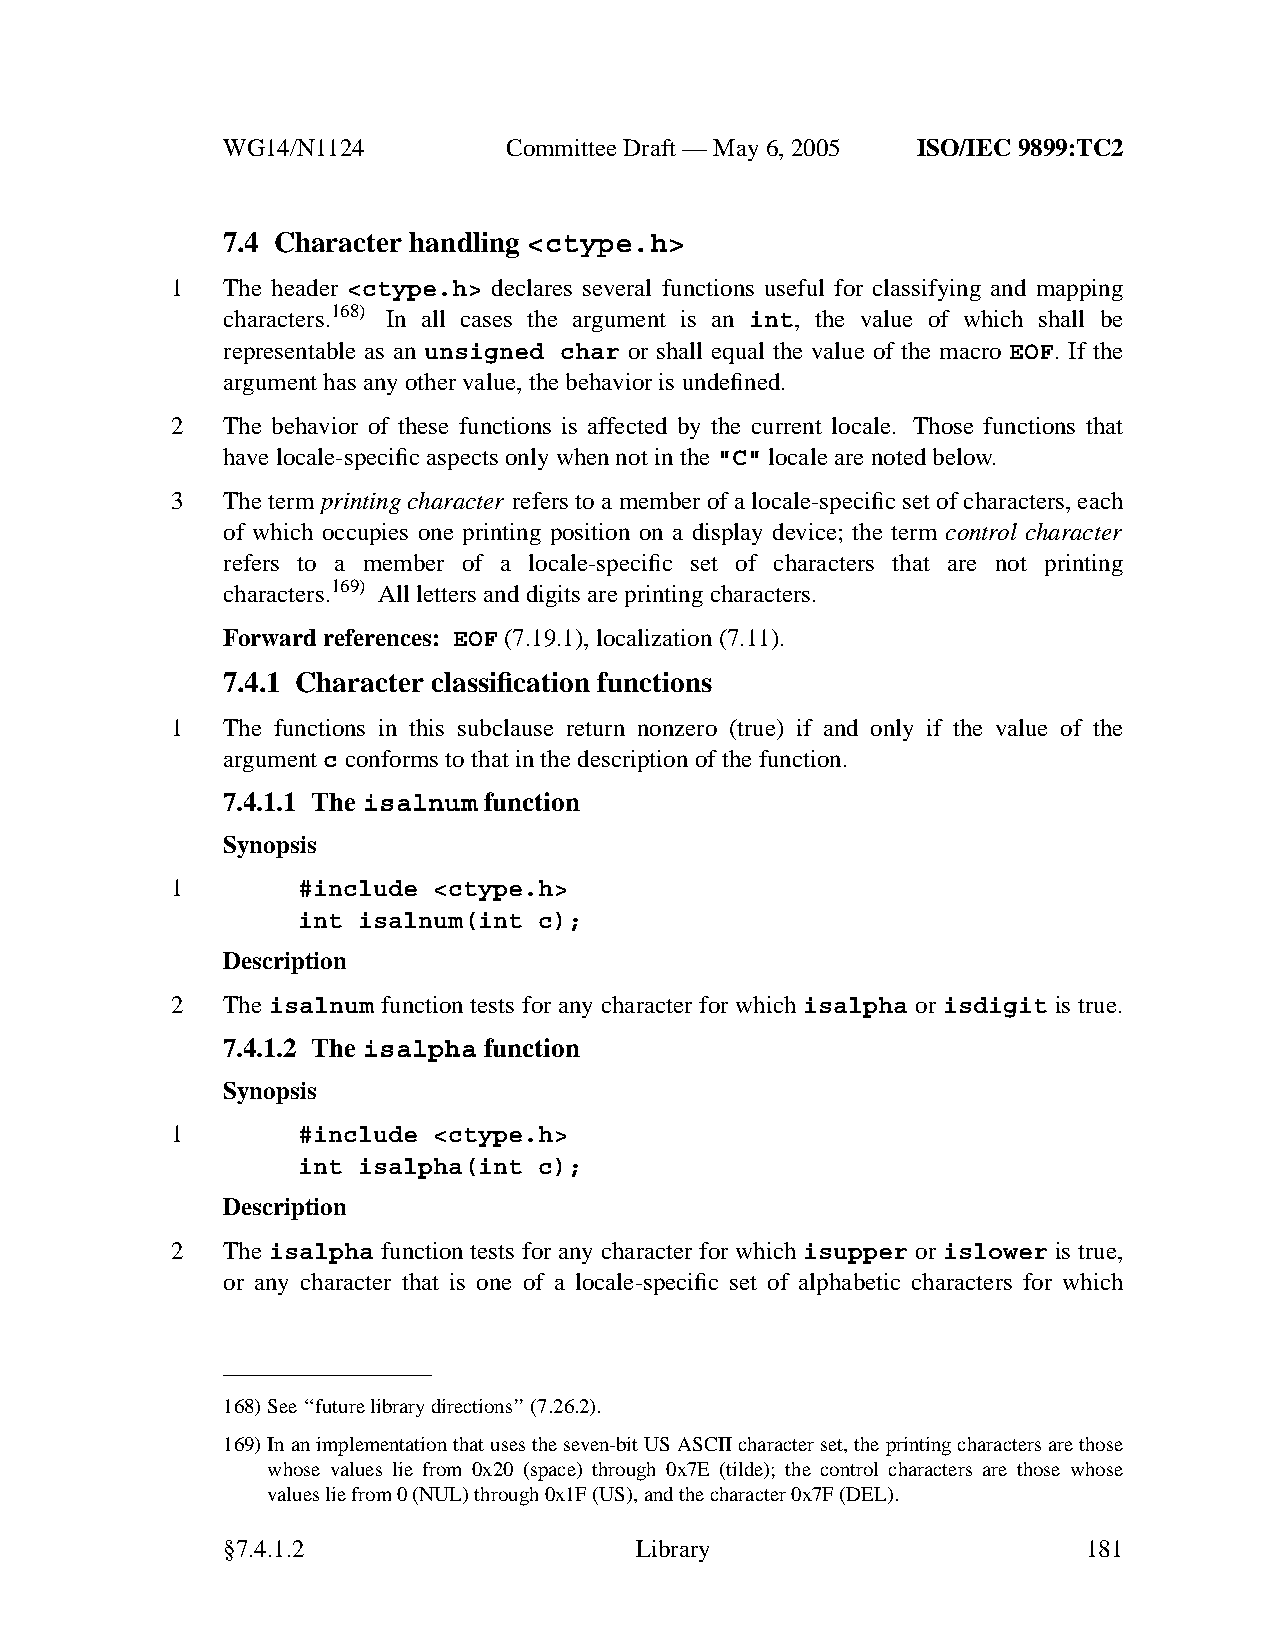
WG14/N1124        CommitteeDraft — May 6, 2005 ISO/IEC 9899:TC2
 7.4 Character handling <ctype.h>
 1   The header <ctype.h> declares several functions useful for classifying and mapping
 characters.168) In all cases the argument is an int, the value of which shall be
 representable as an unsigned char or shall equal the value of the macro EOF. If the
 argument has anyother value, the behavior is undefined.
 2   The behavior of these functions is affected by the current locale. Those functions that
 have locale-specific aspects only when not in the"C" locale are noted below.
 3   The term printing character refers to a member of a locale-specific set of characters, each
 of which occupies one printing position on a display device; the term control character
 refers to a member of a locale-specific set of characters that are not printing
 characters.169) All letters and digits are printing characters.
 Forward references: EOF (7.19.1), localization (7.11).
 7.4.1 Character classification functions
 1   The functions in this subclause return nonzero (true) if and only if the value of the
 argumentc conforms to that in the description of the function.
 7.4.1.1 The isalnum function
 Synopsis
 1        #include <ctype.h>
 int isalnum(int c);
 Description
 2   The isalnum function tests for any character for which isalpha or isdigit is true.
 7.4.1.2 The isalpha function
 Synopsis
 1        #include <ctype.h>
 int isalpha(int c);
 Description
 2   The isalpha function tests for any character for which isupper or islower is true,
 or any character that is one of a locale-specific set of alphabetic characters for which
 168)See ‘‘future library directions’’(7.26.2).
 169)In an implementation that uses the seven-bit US ASCII character set, the printing characters are those
 whose values lie from 0x20 (space) through 0x7E (tilde); the control characters are those whose
 values lie from 0 (NUL) through 0x1F (US), and the character 0x7F (DEL).
 §7.4.1.2                   Library                       181